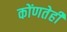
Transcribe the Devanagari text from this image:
कोंणतेही